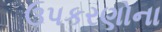
ઉપકરણોના